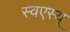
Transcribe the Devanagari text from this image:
स्वएस्य्